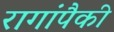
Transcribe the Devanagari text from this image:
रागांपैकी